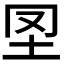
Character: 𡉮